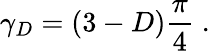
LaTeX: \gamma_{{D}}=\left(3-D\right)\frac{\pi}{4}\; .